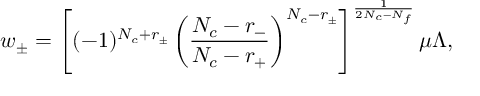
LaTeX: w _ { \pm } = \left[ ( - 1 ) ^ { N _ { c } + r _ { \pm } } \left( \frac { N _ { c } - r _ { - } } { N _ { c } - r _ { + } } \right) ^ { N _ { c } - r _ { \pm } } \right] ^ { \frac { 1 } { 2 N _ { c } - N _ { f } } } \mu \Lambda ,